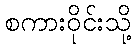
စကားဝိုင်းသို့